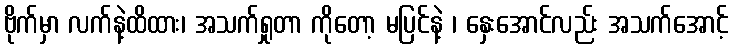
ဗိုက်မှာ လက်နဲ့ထိထား၊ အသက်ရှုတာ ကိုတော့ မပြင်နဲ့ ၊ နှေးအောင်လည်း အသက်အောင့်